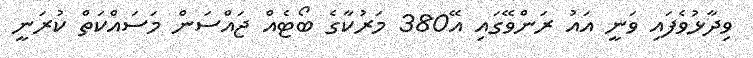
ވިދާޅުވެފައި ވަނީ އައު ރަންވޭގައި އޭ380 މަރުކާގެ ބޯޓެއް ޖައްސަން މަސައްކަތް ކުރަނީ